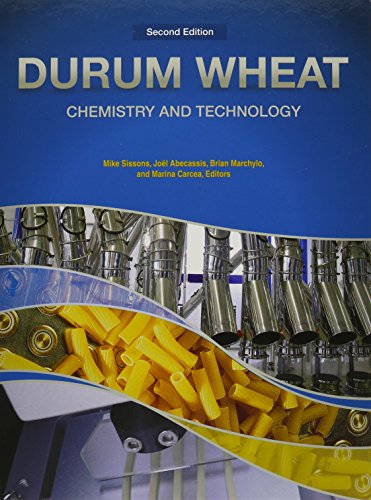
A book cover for Durum Wheat: Chemistry and Technology; Edited by Michael J. Sissons; Science & Math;